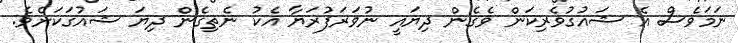
ނަމަވެސް އެ ޝައުގުވެރިކަން ވެގެން ދިޔައީ ނުވަރަފުރަޔާ އެކު ނެތިގެން ދިޔަ ޝައުގަކަށެވެ.